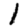
Digit: 1